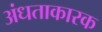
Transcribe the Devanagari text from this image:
अंधताकारक